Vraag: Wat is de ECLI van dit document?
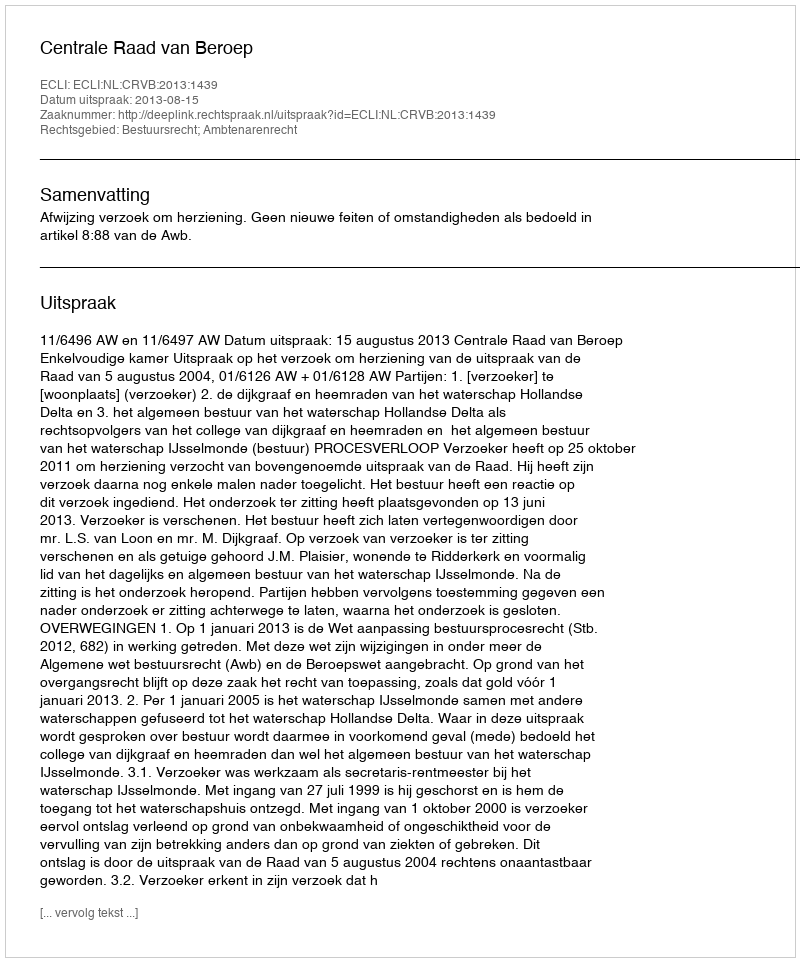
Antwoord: ECLI:NL:CRVB:2013:1439